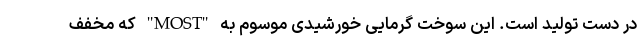
در دست تولید است. این سوخت گرمایی خورشیدی موسوم به "MOST" که مخفف